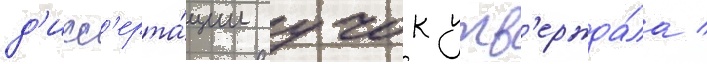
д'исс'ерта́ции учок утв'ержда́ла /